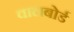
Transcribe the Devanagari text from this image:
वालबोर्ड